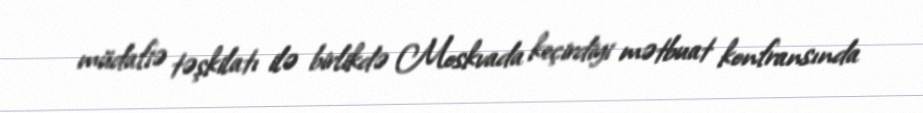
müdafiə təşkilatı ilə birlikdə Moskvada keçirdiyi mətbuat konfransında